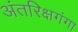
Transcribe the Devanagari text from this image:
अंतरिक्षगंगा